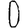
Digit: 0